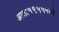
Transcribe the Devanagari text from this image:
आता१९५५मध्ये